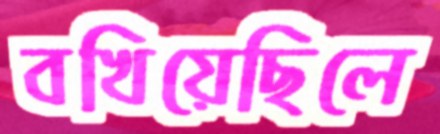
বখিয়েছিলে